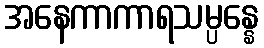
အနေကာကာရသမ္ပန္နေ